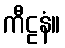
ကီဠနံ။